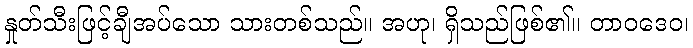
နှုတ်သီးဖြင့်ချီအပ်သော သားတစ်သည်။ အဟု၊ ရှိသည်ဖြစ်၏။ တာဝဒေဝ၊